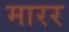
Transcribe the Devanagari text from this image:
मारर